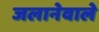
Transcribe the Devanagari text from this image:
जलानेवाले